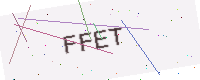
Text: FFET